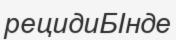
рецидиБІнде